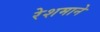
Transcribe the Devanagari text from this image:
रेशमाने